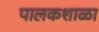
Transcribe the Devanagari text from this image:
पालकशाळा